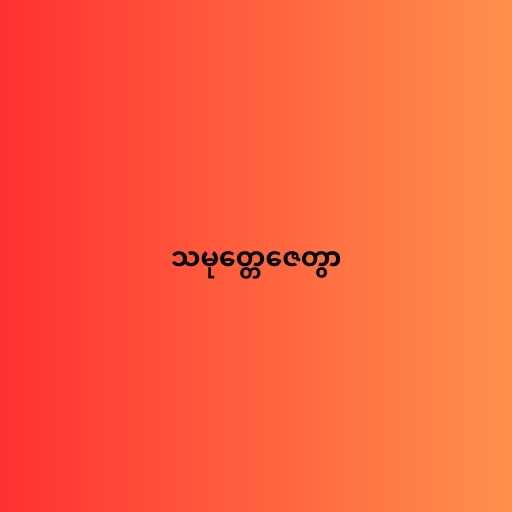
သမုတ္တေဇေတွာ